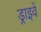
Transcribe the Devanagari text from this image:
ड्राइवें